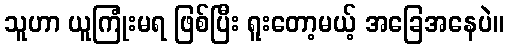
သူဟာ ယူကြုံးမရ ဖြစ်ပြီး ရူးတော့မယ့် အခြေအနေပဲ။